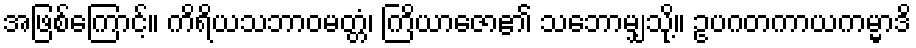
အဖြစ်ကြောင့်။ ကိရိယသဘာဝမတ္တံ၊ ကြိယာဇော၏ သဘောမျှသို့။ ဥပဂတကာယကမ္မာဒိ